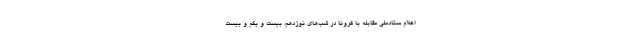
اعلام ستادملی مقابله با کرونا در شب‌های نوزدهم، بیست و یکم و بیست